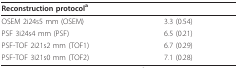
<table><thead><tr><td><b>Reconstruction protocol<sup>a</sup></b></td><td>[EMPTY_CELL]</td></tr></thead><tbody><tr><td>OSEM 2i24s5 mm (OSEM)</td><td>3.3 (0.54)</td></tr><tr><td>PSF 3i24s4 mm (PSF)</td><td>6.5 (0.21)</td></tr><tr><td>PSF-TOF 2i21s2 mm (TOF1)</td><td>6.7 (0.29)</td></tr><tr><td>PSF-TOF 3i21s0 mm (TOF2)</td><td>7.1 (0.28)</td></tr></tbody></table>